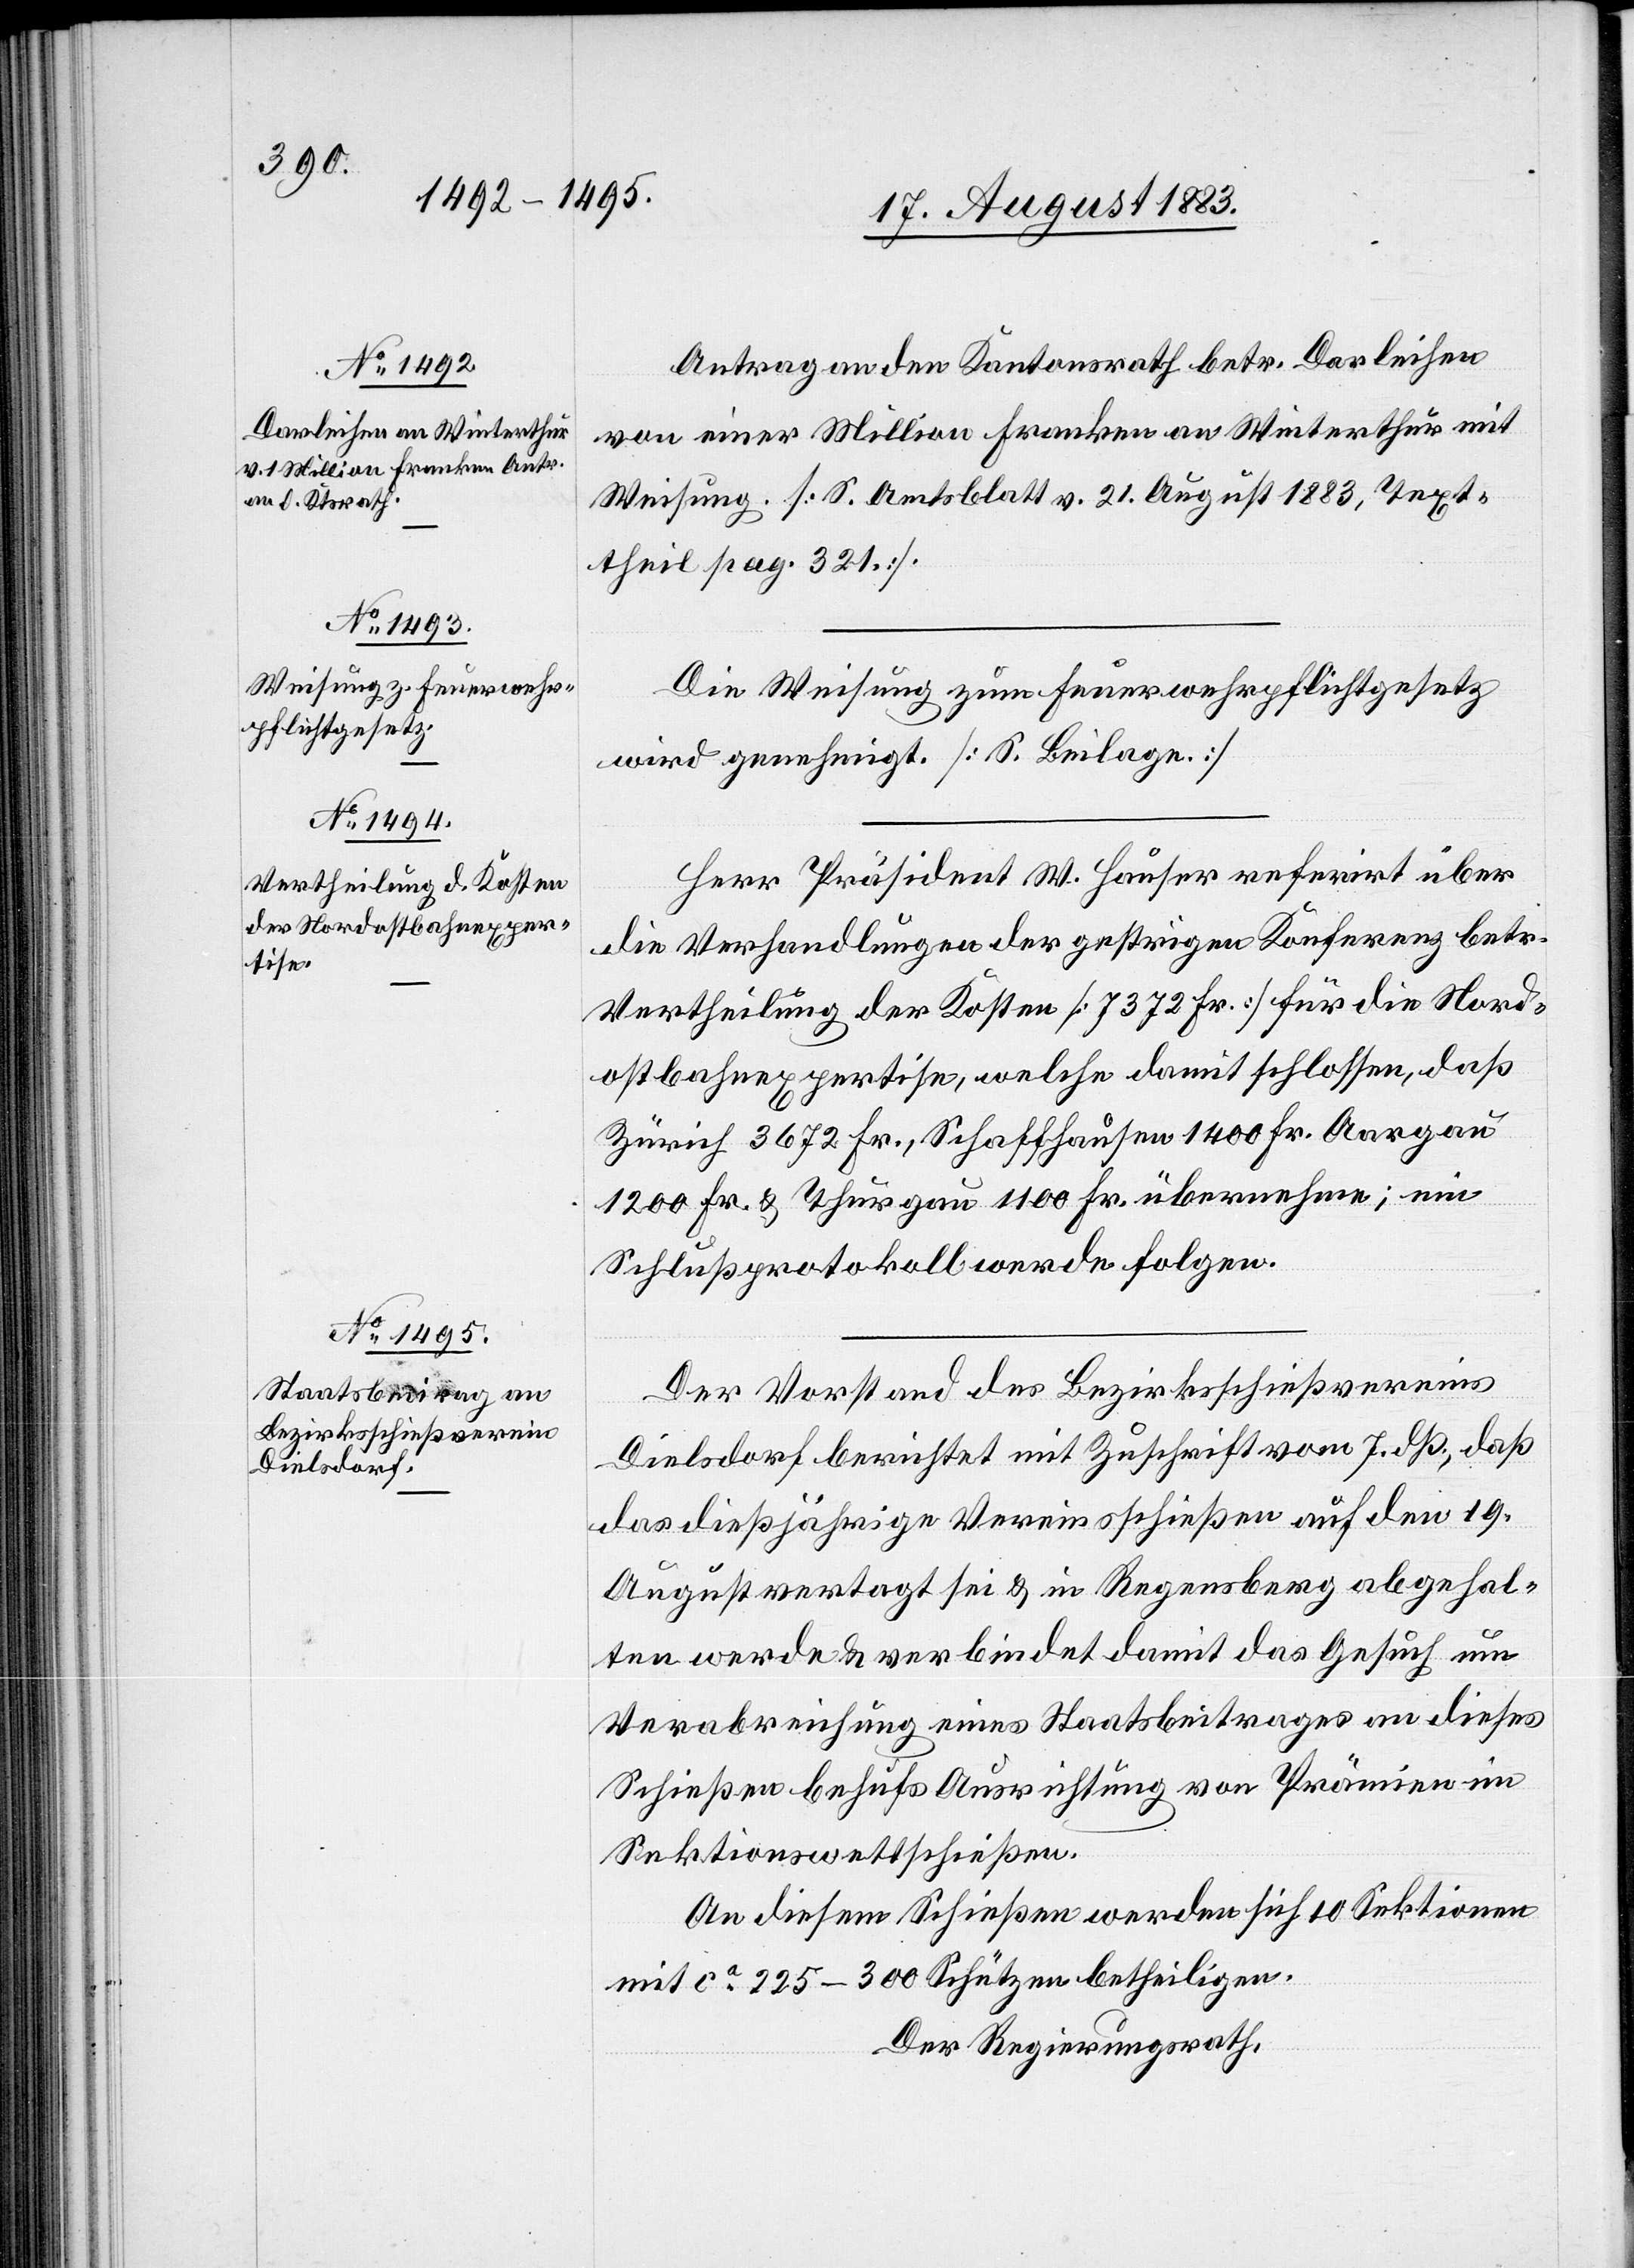
Antrag an den Kantonsrath betr. Darleihen
von einer Million Franken an Winterthur mit
Weisung. [S. Amtsblatt v. 21. August 1883, Text¬
theil pag. 321.].
Die Weisung zum Feuerwehrpflichtgesetz
wird genehmigt. [Siehe Beilage.]
Herr Präsident W. Hauser referirt über
die Verhandlungen der gestrigen Konferenz betr.
Vertheilung der Kosten [7372 Fr.] für die Nord¬
ostbahnexpertise, welche damit schlossen, daß
Zürich 3672 Fr., Schaffhausen 1400 Fr.[,] Aargau
1200 Fr. & Thurgau 1100 Fr. übernehme; ein
Schlußprotokoll werde folgen.
Der Vorstand des Bezirksschießvereins
Dielsdorf berichtet mit Zuschrift vom 7. dß., daß
das dießjährige Vereinsschießen auf den 19.
August vertagt sei & in Regensberg abgehal¬
ten werde & verbindet damit das Gesuch um
Verabreichung eines Staatsbeitrages an dieses
Schießen behufs Ausrichtung von Prämien im
Sektionswettschießen.
An diesem Schießen werden sich 10 Sektionen
mit ca 225–300 Schützen betheiligen.
Der Regierungsrath,